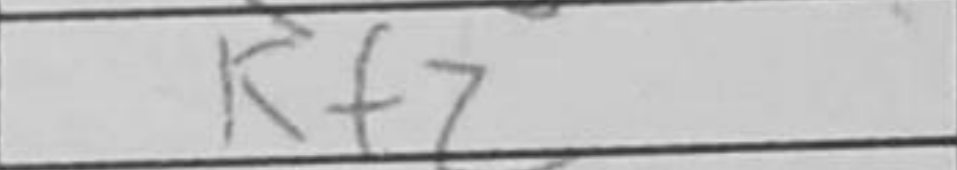
Transcription: Rf5